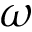
\omega